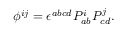
\phi ^ { i j } = \epsilon ^ { a b c d } P _ { a b } ^ { i } P _ { c d } ^ { j } .